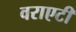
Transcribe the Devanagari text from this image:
वराएटी